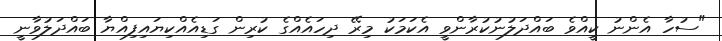
"ސުހާ އެންނު ކީއްވެ ބައްދަލުނުކުރާންވީ އެކަމަކު މިރޭ ދިހައެއްގެ ކުރިން ގަޑިއެއްކިޔައިފިއްޔާ ބައްދަލުވާނީ